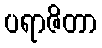
ပရာဇိတာ